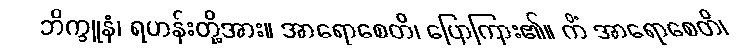
ဘိက္ခူနံ၊ ရဟန်းတို့အား။ အာရောစေတိ၊ ပြောကြား၏။ ကိံ အာရောစေတိ၊